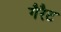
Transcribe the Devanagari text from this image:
गैरैट